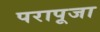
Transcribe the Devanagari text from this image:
परापूजा